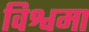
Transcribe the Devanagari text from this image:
विश्वमा